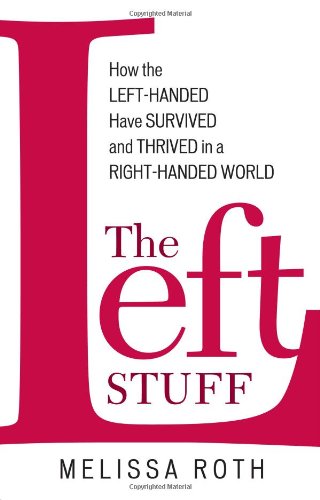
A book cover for The Left Stuff: How the Left-Handed Have Survived and Thrived in a Right-Handed World; Melissa Roth; Medical Books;